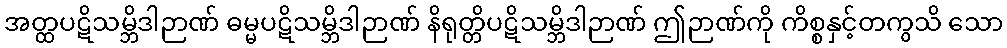
အတ္ထပဋိသမ္ဘိဒါဉာဏ် ဓမ္မပဋိသမ္ဘိဒါဉာဏ် နိရုတ္တိပဋိသမ္ဘိဒါဉာဏ် ဤဉာဏ်ကို ကိစ္စနှင့်တကွသိ သော